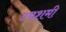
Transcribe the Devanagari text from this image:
उपशमी